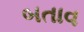
બતાવ